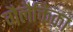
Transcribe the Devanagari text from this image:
गैलैक्तिका